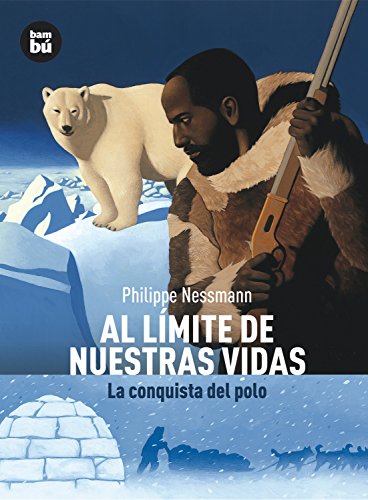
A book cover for Al limite de nuestras vidas: La conquista del polo (Descubridores del mundo) (Spanish Edition); Philippe Nessmann; Teen & Young Adult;